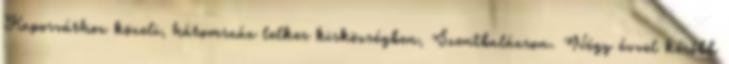
Kaposvárhoz közeli, háromszáz lelkes kisközségben, Szentbalázson. Négy évvel később